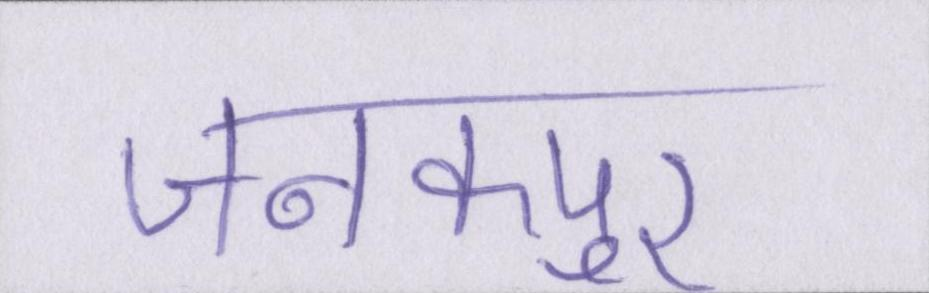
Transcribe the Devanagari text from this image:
जनकपुर